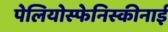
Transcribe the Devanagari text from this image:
पेलियोस्फेनिस्कीनाई